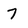
Character: 7